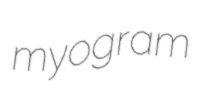
myogram